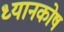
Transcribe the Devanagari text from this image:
ध्यानकोष